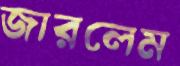
জারলেম